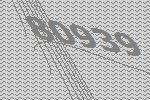
80939